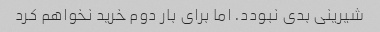
شیرینی بدی نبودد. اما برای بار دوم خرید نخواهم کرد